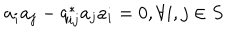
a _ { i } a _ { j } - q _ { i j } ^ { * } a _ { j } a _ { i } = 0 , \forall i , j \in S